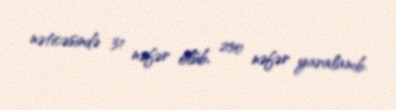
nəticəsində 31 nəfər ölüb, 250 nəfər yaralanıb.